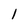
Character: l